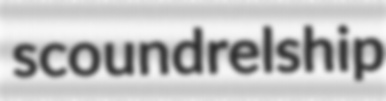
scoundrelship